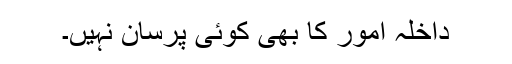
داخلہ امور کا بھی کوئی پرسان نہیں۔